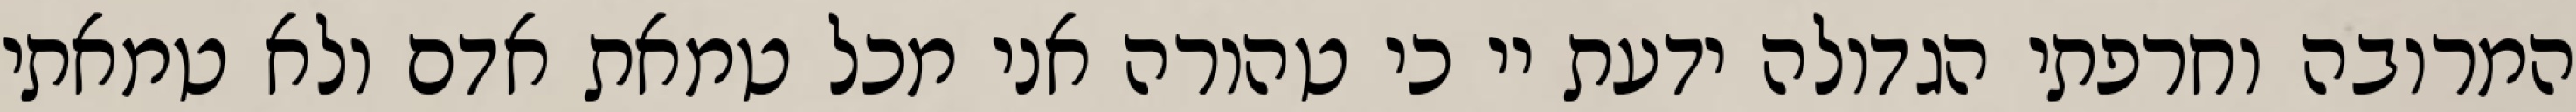
המרובה וחרפתי הגדולה ידעת יי כי טהורה אני מכל טמאת אדם ולא טמאתי